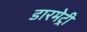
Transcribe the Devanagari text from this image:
डारमेट्री